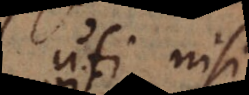
uti nisi